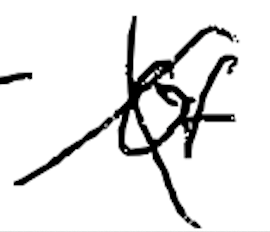
Text: of
Cross-out: cross
Writing tool: digital_black